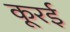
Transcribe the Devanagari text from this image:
कूरई